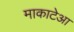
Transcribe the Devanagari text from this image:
माकाटेआ